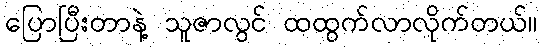
ပြောပြီးတာနဲ့ သူဇာလွင် ထထွက်လာလိုက်တယ်။